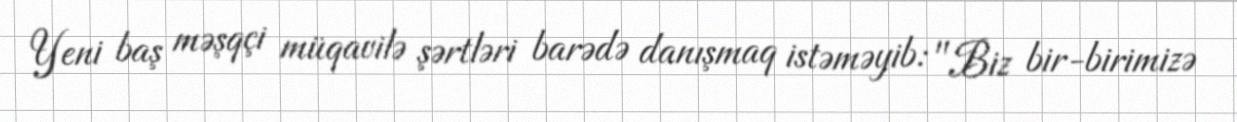
Yeni baş məşqçi müqavilə şərtləri barədə danışmaq istəməyib: "Biz bir-birimizə